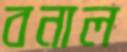
বনাল